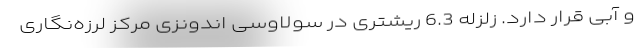
و آبی قرار دارد. زلزله‌ 6.3 ریشتری در سولاوسی اندونزی مرکز لرزه‌نگاری